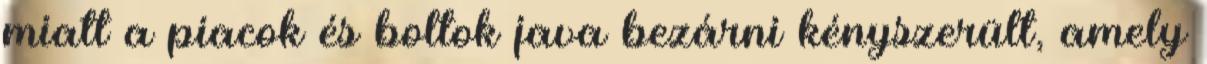
miatt a piacok és boltok java bezárni kényszerült, amely